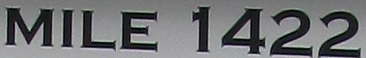
MILE 1422